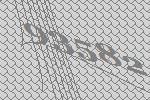
93582